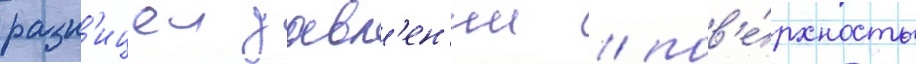
разн'ицеи давл'ен'ии / пов'е́рхность